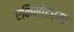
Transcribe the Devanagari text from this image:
एकिनोडर्मा